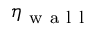
\eta _ { \mathrm { ~ w ~ a ~ l ~ l ~ } }